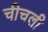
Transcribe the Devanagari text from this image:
चीचली